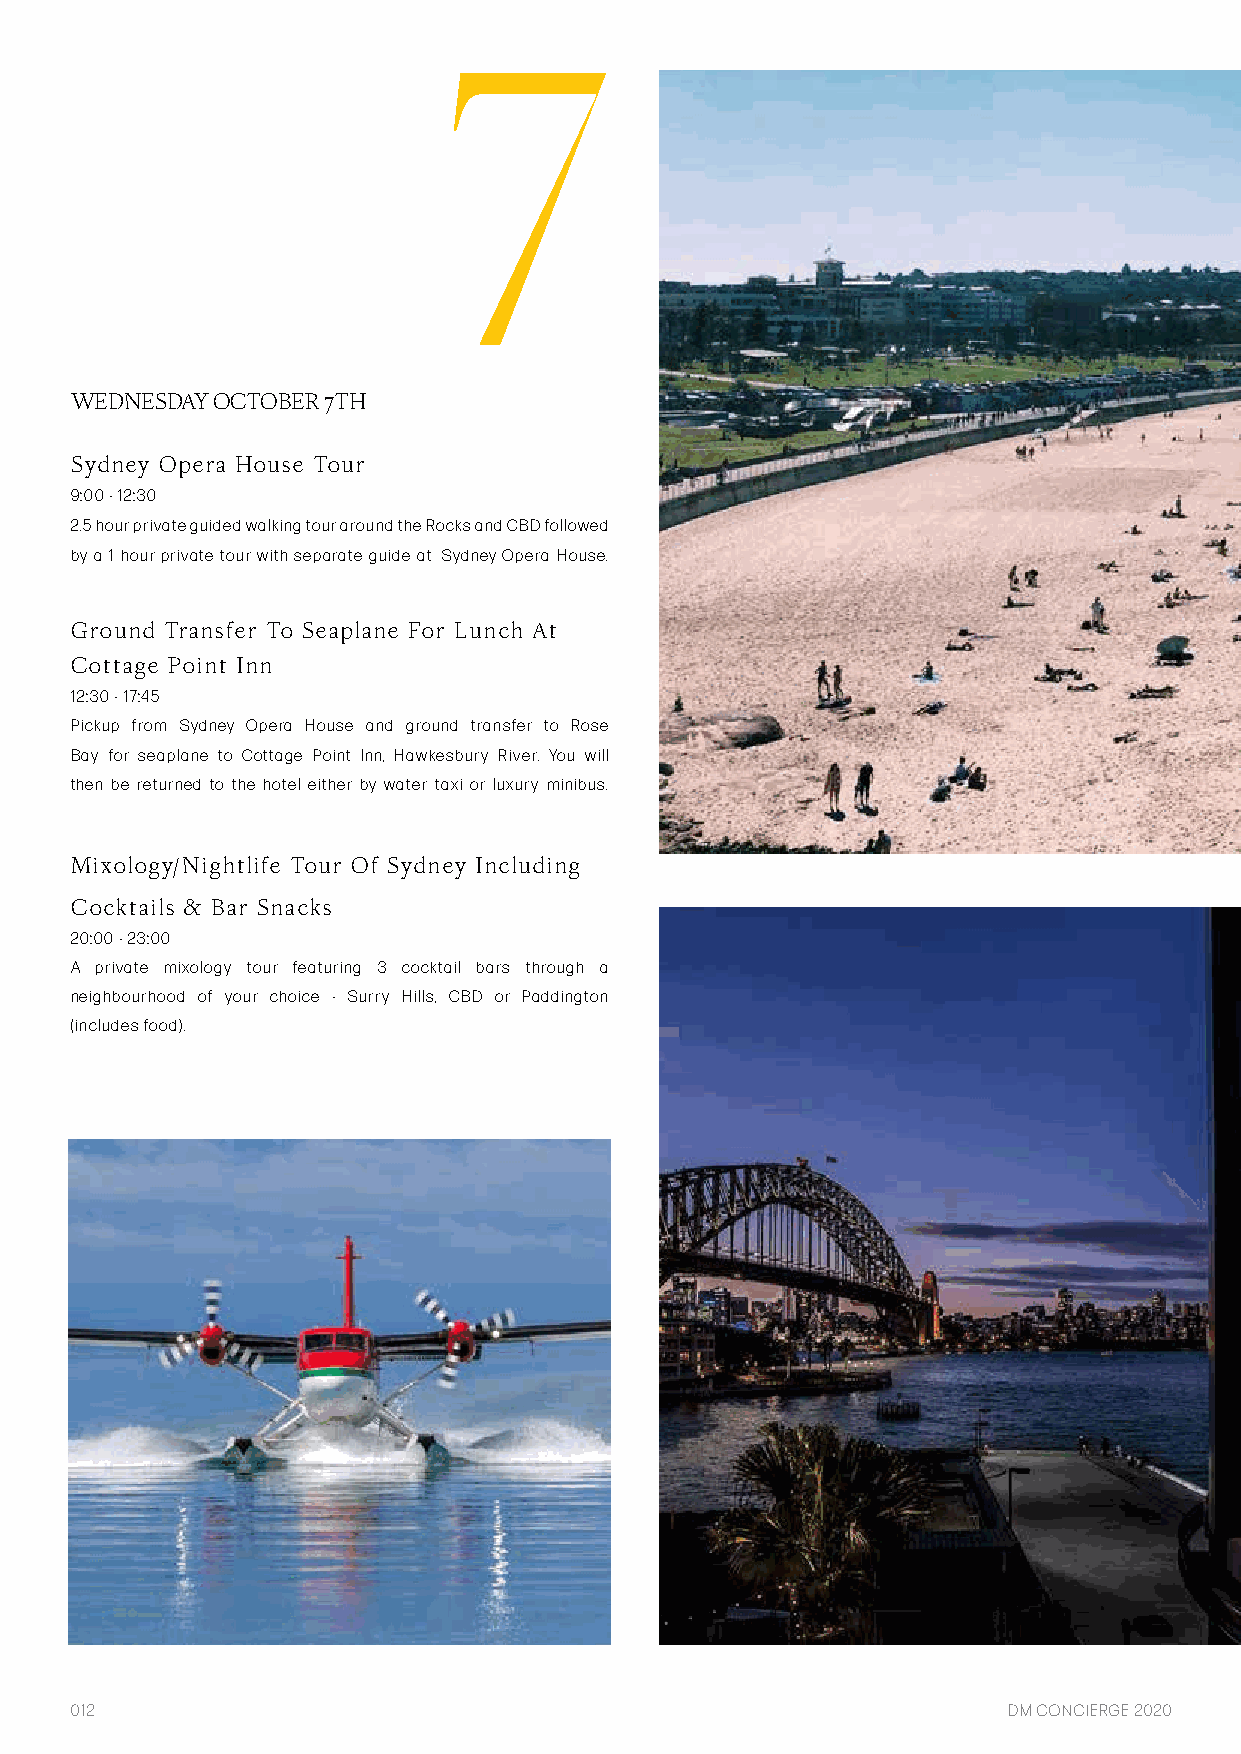
7
 WEDNESDAY OCTOBER 7TH
 Sydney Opera House Tour
 9:00 - 12:30
 2.5 hour private guided walking tour around the Rocks and CBD followed
 by a 1 hour private tour with separate guide at Sydney Opera House.
 Ground Transfer To Seaplane For Lunch At
 Cottage Point Inn
 12:30 - 17:45
 Pickup from Sydney Opera House and ground transfer to Rose
 Bay for seaplane to Cottage Point Inn, Hawkesbury River. You will
 then be returned to the hotel either by water taxi or luxury minibus.
 Mixology/Nightlife Tour Of Sydney Including
 Cocktails & Bar Snacks
 20:00 - 23:00
 A private mixology tour featuring 3 cocktail bars through a
 neighbourhood of your choice - Surry Hills, CBD or Paddington
 (includes food).
 012                                                           DM CONCIERGE 2020